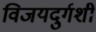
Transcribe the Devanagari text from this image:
विजयदुर्गशी